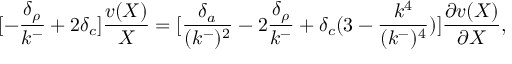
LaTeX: [ - { \frac { \delta _ { \rho } } { k ^ { - } } } + 2 \delta _ { c } ] { \frac { v ( X ) } { X } } = [ { \frac { \delta _ { a } } { ( k ^ { - } ) ^ { 2 } } } - 2 { \frac { \delta _ { \rho } } { k ^ { - } } } + \delta _ { c } ( 3 - { \frac { k ^ { 4 } } { ( k ^ { - } ) ^ { 4 } } } ) ] { \frac { \partial v ( X ) } { \partial X } } ,